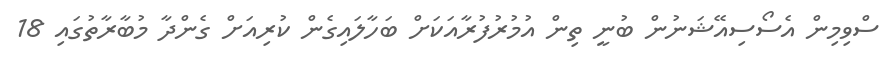
ސްވިމިން އެސޯސިއޭޝަނުން ބުނީ ތިން އުމުރުފުރާއަކަށް ބަހާލައިގެން ކުރިއަށް ގެންދާ މުބާރާތުގައި 18